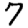
Digit: 7